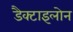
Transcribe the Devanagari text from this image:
डैक्टाइलोन